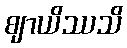
ဈာယိဿသိ